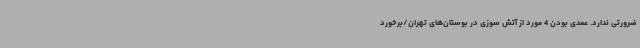
ضرورتی ندارد. عمدی بودن 4 مورد از آتش سوزی‌ در بوستان‌های تهران/برخورد